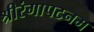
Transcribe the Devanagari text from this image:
श्रीरंगापटनम